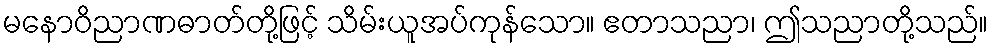
မနောဝိညာဏဓာတ်တို့ဖြင့် သိမ်းယူအပ်ကုန်သော။ ဧတာသညာ၊ ဤသညာတို့သည်။